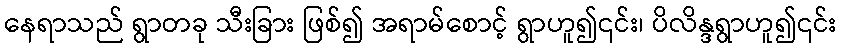
နေရာသည် ရွာတခု သီးခြား ဖြစ်၍ အရာမ်စောင့် ရွာဟူ၍၎င်း၊ ပိလိန္ဒရွာဟူ၍၎င်း